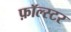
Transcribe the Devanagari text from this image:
फ़ॉल्स्टर